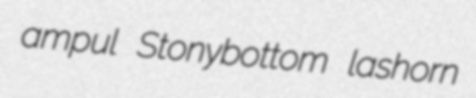
ampul Stonybottom lashorn